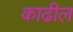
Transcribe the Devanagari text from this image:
काढील